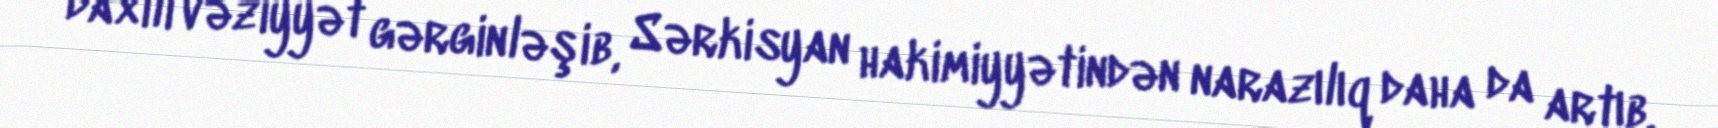
daxili vəziyyət gərginləşib, Sərkisyan hakimiyyətindən narazılıq daha da artıb.